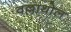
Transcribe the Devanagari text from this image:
वल्लाथोल